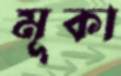
মূকা